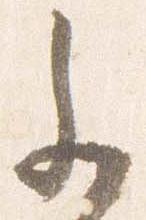
参